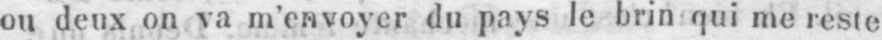
ou deux on va m’envoyer du pays le brin qui me reste